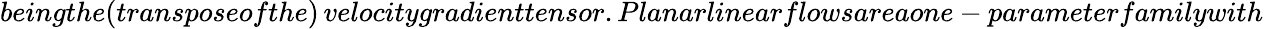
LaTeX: beingthe(transposeofthe)\, velocitygradienttensor.Planarlinearflowsareaone-parameterfamilywith